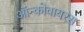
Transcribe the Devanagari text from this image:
ऑन्कोवायरस